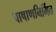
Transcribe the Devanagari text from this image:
पाषाणनिर्मित